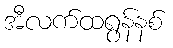
အီလက်ထရွန်နစ်